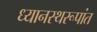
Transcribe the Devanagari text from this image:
ध्यानस्थरूपांत